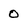
Character: 0